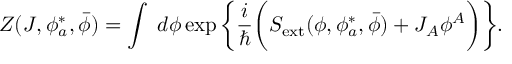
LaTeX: Z ( J , \phi _ { a } ^ { * } , \bar { \phi } ) = \int \; d \phi \exp \bigg \{ \frac { i } { \hbar } \bigg ( S _ { \mathrm { e x t } } ( \phi , \phi _ { a } ^ { * } , \bar { \phi } ) + J _ { A } \phi ^ { A } \bigg ) \bigg \} .